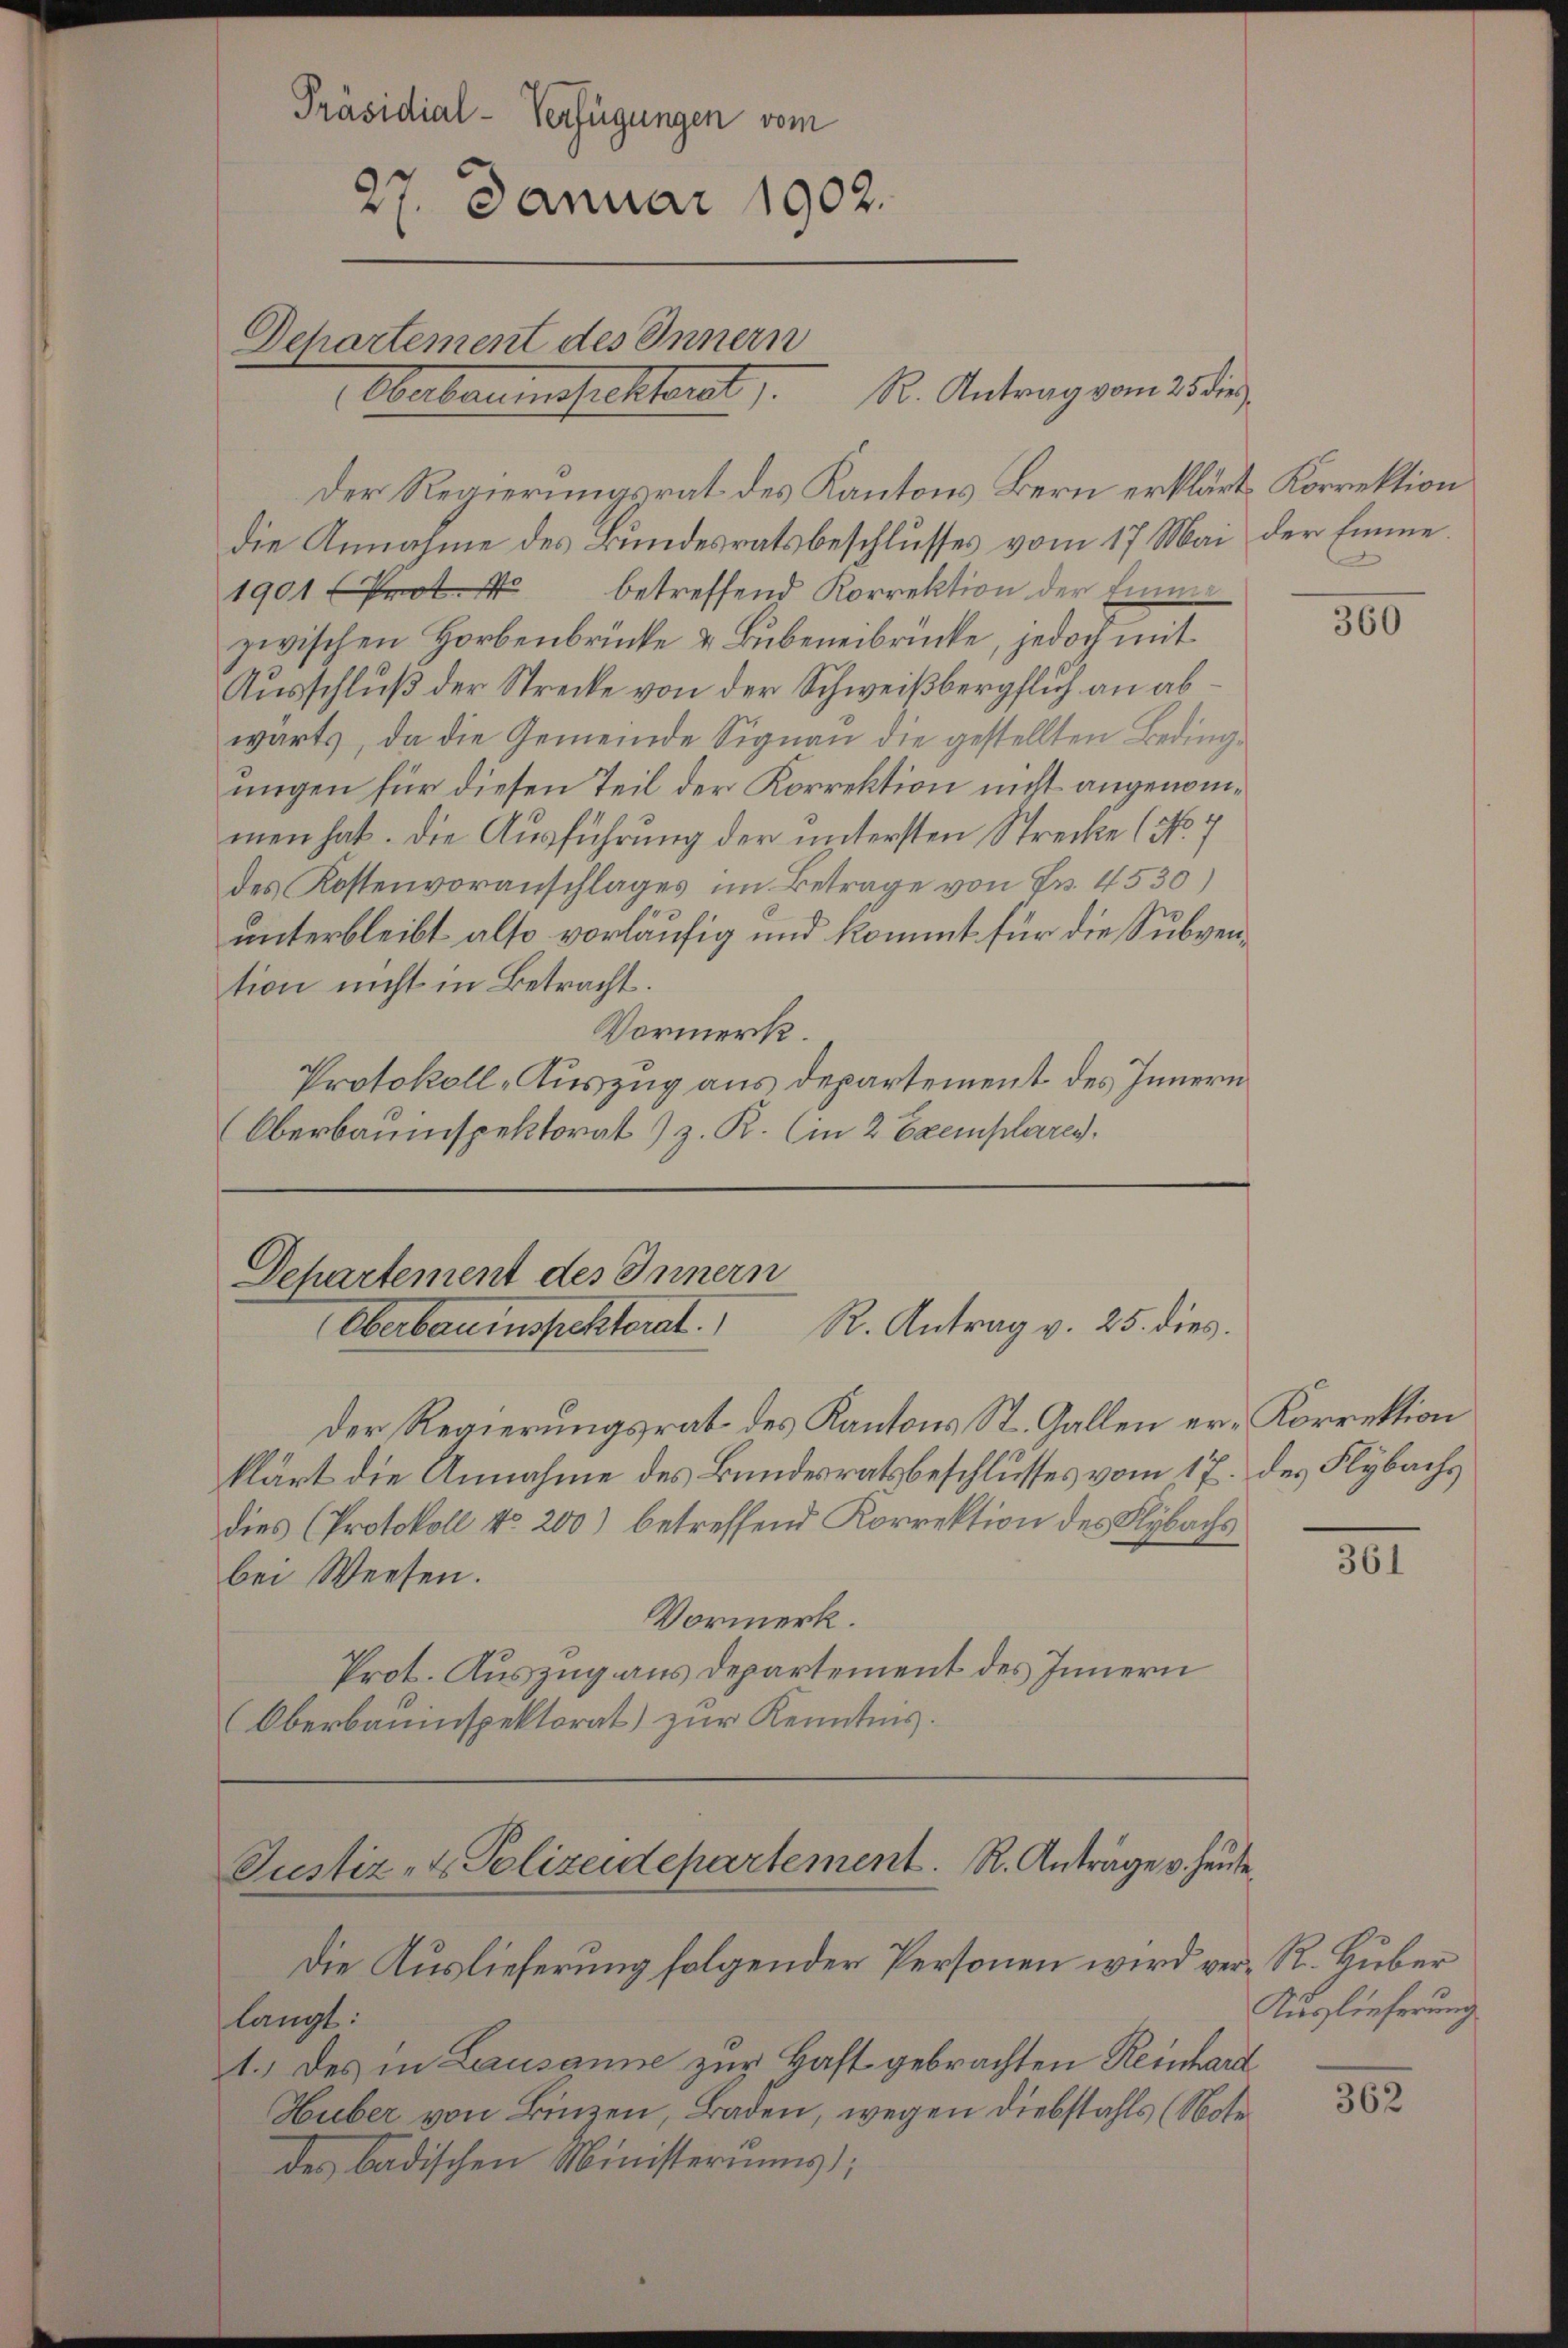
Präsidial-Verfügungen vom
27. Januar 1902.
Dchartement des Innern
Oberberumsichterst, 1. Antrag vom 25 der

die Annahme des Bundesratsbeschlusses vom 17 Mai der Emme¬
1901 betreffend Korrektion der Emme
zwischen Horbenbrücke & Bubeneibrücke, jedoch mit
Ausschluß der Strecke von der Schweißbergflich an abwärts, da die Gemeinde Signau die gestellten Bedingungen für diesen Teil der Korrektion nicht angenommen hat. Die Ausführung der untersten Strecke (No. 7
des Kostenvoranschlages im Betrage von Fr. 4530)
unterbleibt also vorläufig und kommt für die Subvention nicht in Betracht.
Vormerk.
Protokoll-Auszug aus departement des Innern
Oberbauinspektorat z. R. (in 2 Exemplares.

Der Regierungsrat des Kantons Bern erklärt, Korrektion

Departement des Innern
R. Antrag v. 25. dies.
Oberbauinspetterat.

Der Regierungsrat des Kantons St. Gallen er- Korrektion
klärt die Annahme des Bundesratsbeschlusses vom 17. des Flybachs
dies (Protokoll No 200) betreffend Korrektion des Klybachs
bei Weesen.
Vormerk.
Prot. Auszug aus Departement des Innern
Oberbauinspektorat) zur Kenntnis.

Justiz- & Polizeidepartement. R. Anträge v. heute

Die Auslieferung folgender Personen wird ver- R. Huber
langt:
1.) des in Lausanne zur Haft gebrachten Reinhard
Huber von Binzen, Baden, wegen Diebstahls (Note
des badischen Ministerums

A

360

361

Auslieferung

362